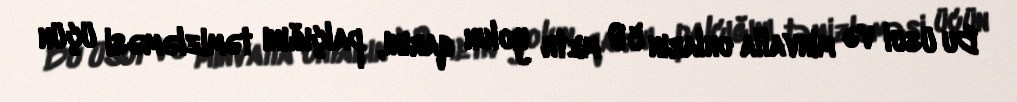
Bu üsul və minvalla onların 50 metr yolun qarını, palçığını təmizləməsi üçün